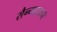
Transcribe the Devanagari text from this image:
सैन्यदलाने